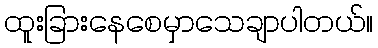
ထူးခြားနေစေမှာသေချာပါတယ်။